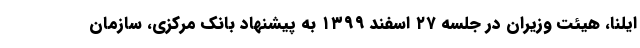
ایلنا، هیئت وزیران در جلسه ۲۷ اسفند ۱۳۹۹ به پیشنهاد بانک مرکزی، سازمان